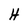
Character: H